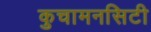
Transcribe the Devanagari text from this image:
कुचामनसिटी